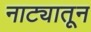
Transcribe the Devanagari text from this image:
नाट्यातून